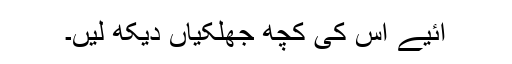
آئیے اس کی کچھ جھلکیاں دیکھ لیں۔